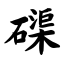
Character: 磲